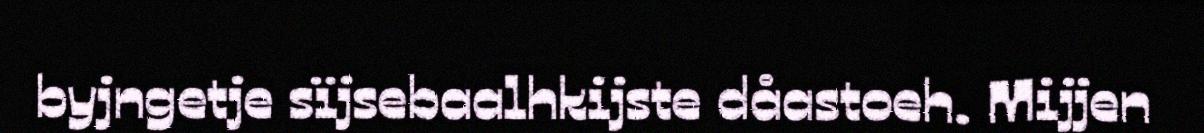
byjngetje sïjsebaalhkijste dåastoeh. Mijjen